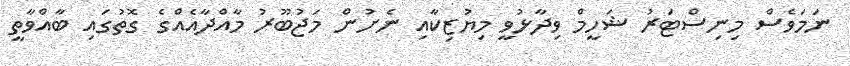
ނަމަވެސް މިނިސްޓަރު ޝަހީމް ވިދާޅުވީ މިޔުޒިކާއި ނެށުން މަޖުބޫރު މާއްދާއެއްގެ ގޮތުގައި ބާއްވާތީ